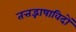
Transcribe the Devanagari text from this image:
तत्तद्भाषाविदों